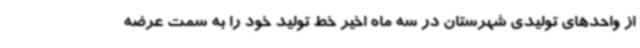
از واحدهای تولیدی شهرستان در سه ماه اخیر خط تولید خود را به سمت عرضه